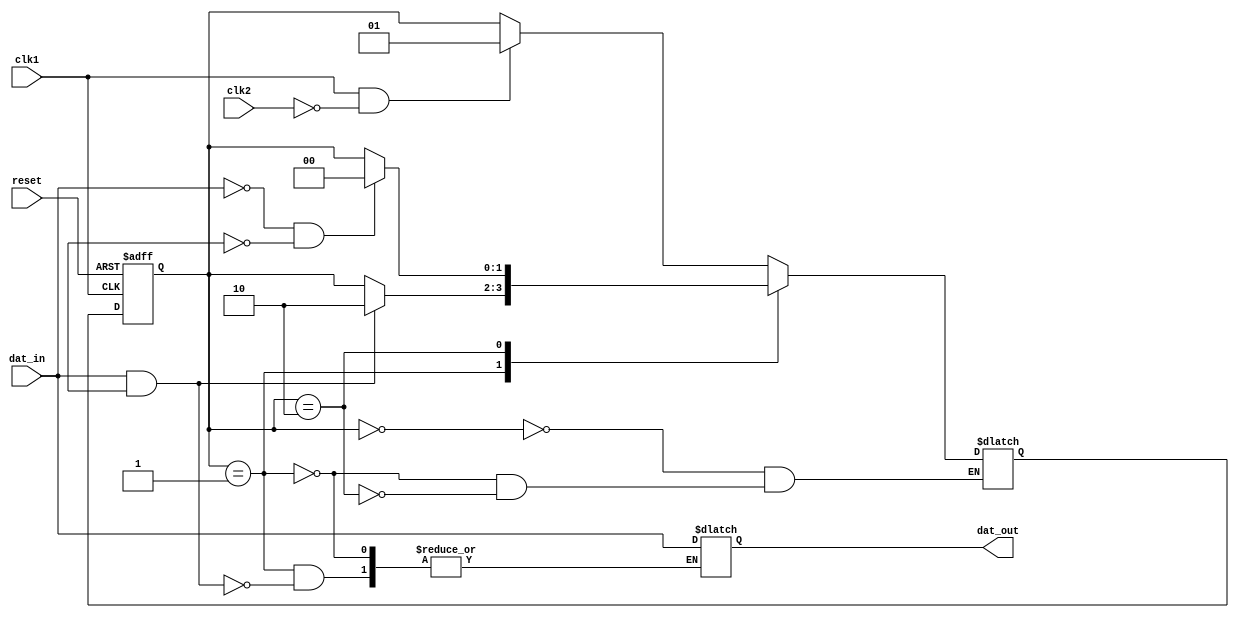
module synchronizer(
    input wire clk1,
    input wire clk2,
    input wire reset,
    input wire dat_in,
    output reg dat_out
);

reg [1:0] state;
reg [1:0] next_state;

always @(posedge clk1 or posedge reset) begin
    if (reset) begin
        state <= 2'b00;
    end else begin
        state <= next_state;
    end
end

always @(*) begin
    case (state)
        2'b00: begin // Initial state
            if (clk1 && !clk2) begin
                next_state = 2'b01;
            end else begin
                next_state = state;
            end
        end
        2'b01: begin // Transfer state
            if (dat_in && dat_ready) begin
                dat_out <= dat_in;
                next_state = 2'b10;
            end else begin
                next_state = state;
            end
        end
        2'b10: begin // Idle state
            if (!dat_in && !dat_ready) begin
                next_state = 2'b00;
            end else begin
                next_state = state;
            end
        end
    endcase
end

endmodule